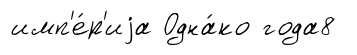
имп'е́р'иjа Одна́ко года8